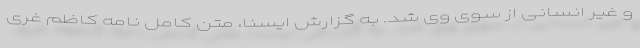
و غیر انسانی از سوی وی شد. به گزارش ایسنا، متن کامل نامه کاظم غری